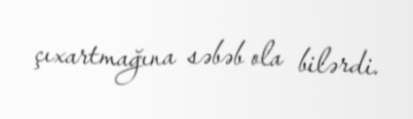
çıxartmağına səbəb ola bilərdi.